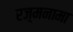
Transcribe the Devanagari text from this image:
रज़्मनामा